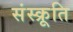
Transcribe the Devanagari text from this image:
संस्क्रूति